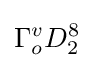
\Gamma _{o}^{v}D_{2}^{8}